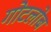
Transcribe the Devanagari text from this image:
गोटलोब